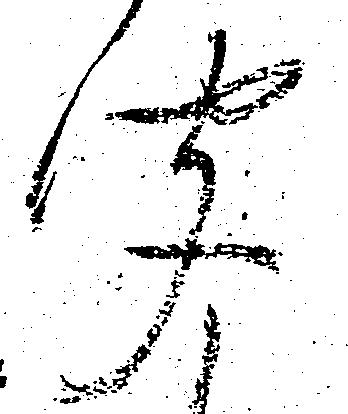
聞